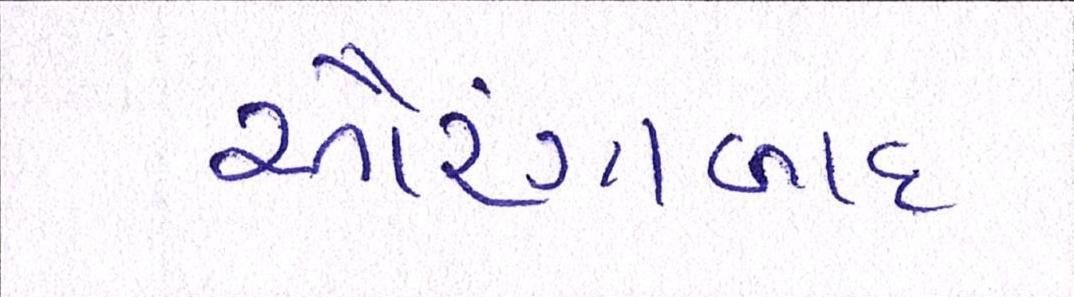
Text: ઔરંગાબાદ